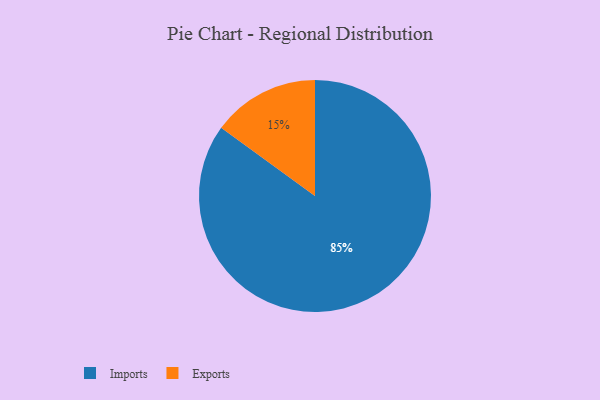
{"axis": {"x": "Category", "y": "Percentage"}, "legend": ["Exports", "Imports"], "data": [{"x": "Imports", "y": 85, "type": "Imports"}, {"x": "Exports", "y": 15, "type": "Exports"}]}